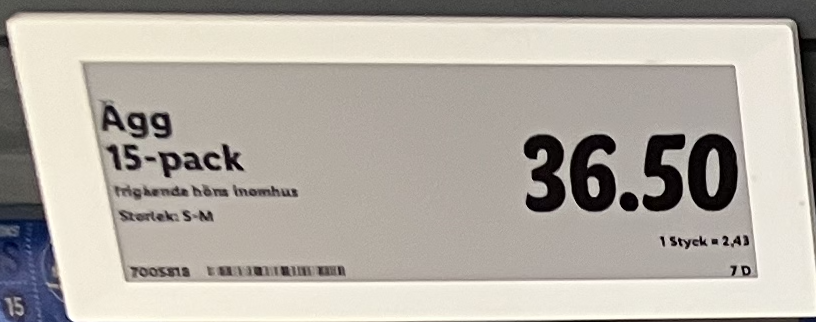
Vara: Ägg 15-pack
Genomsnittspris: 2.43 per st